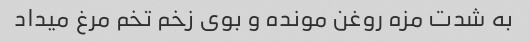
به شدت مزه روغن مونده و بوی زخم تخم مرغ میداد